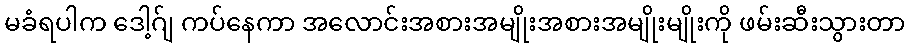
မခံရပါက ဒေါ့ဂ်ျ ကပ်နေကာ အလောင်းအစားအမျိုးအစားအမျိုးမျိုးကို ဖမ်းဆီးသွားတာ